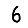
Digit: 6